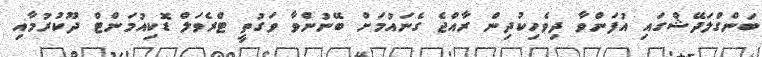
ބަންގްލަދޭޝްގައި އުފަންވާ ދިވެހިކުދިން ރާއްޖެ ގެނައުމަށް ބޭނުންވާ ވަގުތީ ޓްރެވަލް ޑޮކިއުމަންޓް ދޫކުރުމާއި